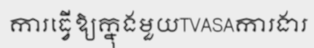
ការធ្វើឱ្យក្នុងមួយTVASAការងារ